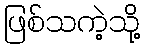
ဖြစ်သကဲ့သို့